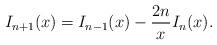
LaTeX: \begin{align*}I_{n+1}(x)= I_{n-1}(x)-\frac{2n}{x}I_n(x).\end{align*}